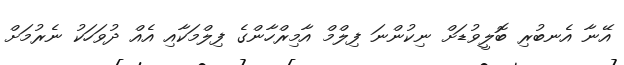
އޭނާ އެނބުރި ބޮލީވުޑަށް ނިކުންނަ ފިލްމް އާމިރްހާންގެ ފިލްމަކާއި އެއް ދުވަހަކު ނެރުމަށް